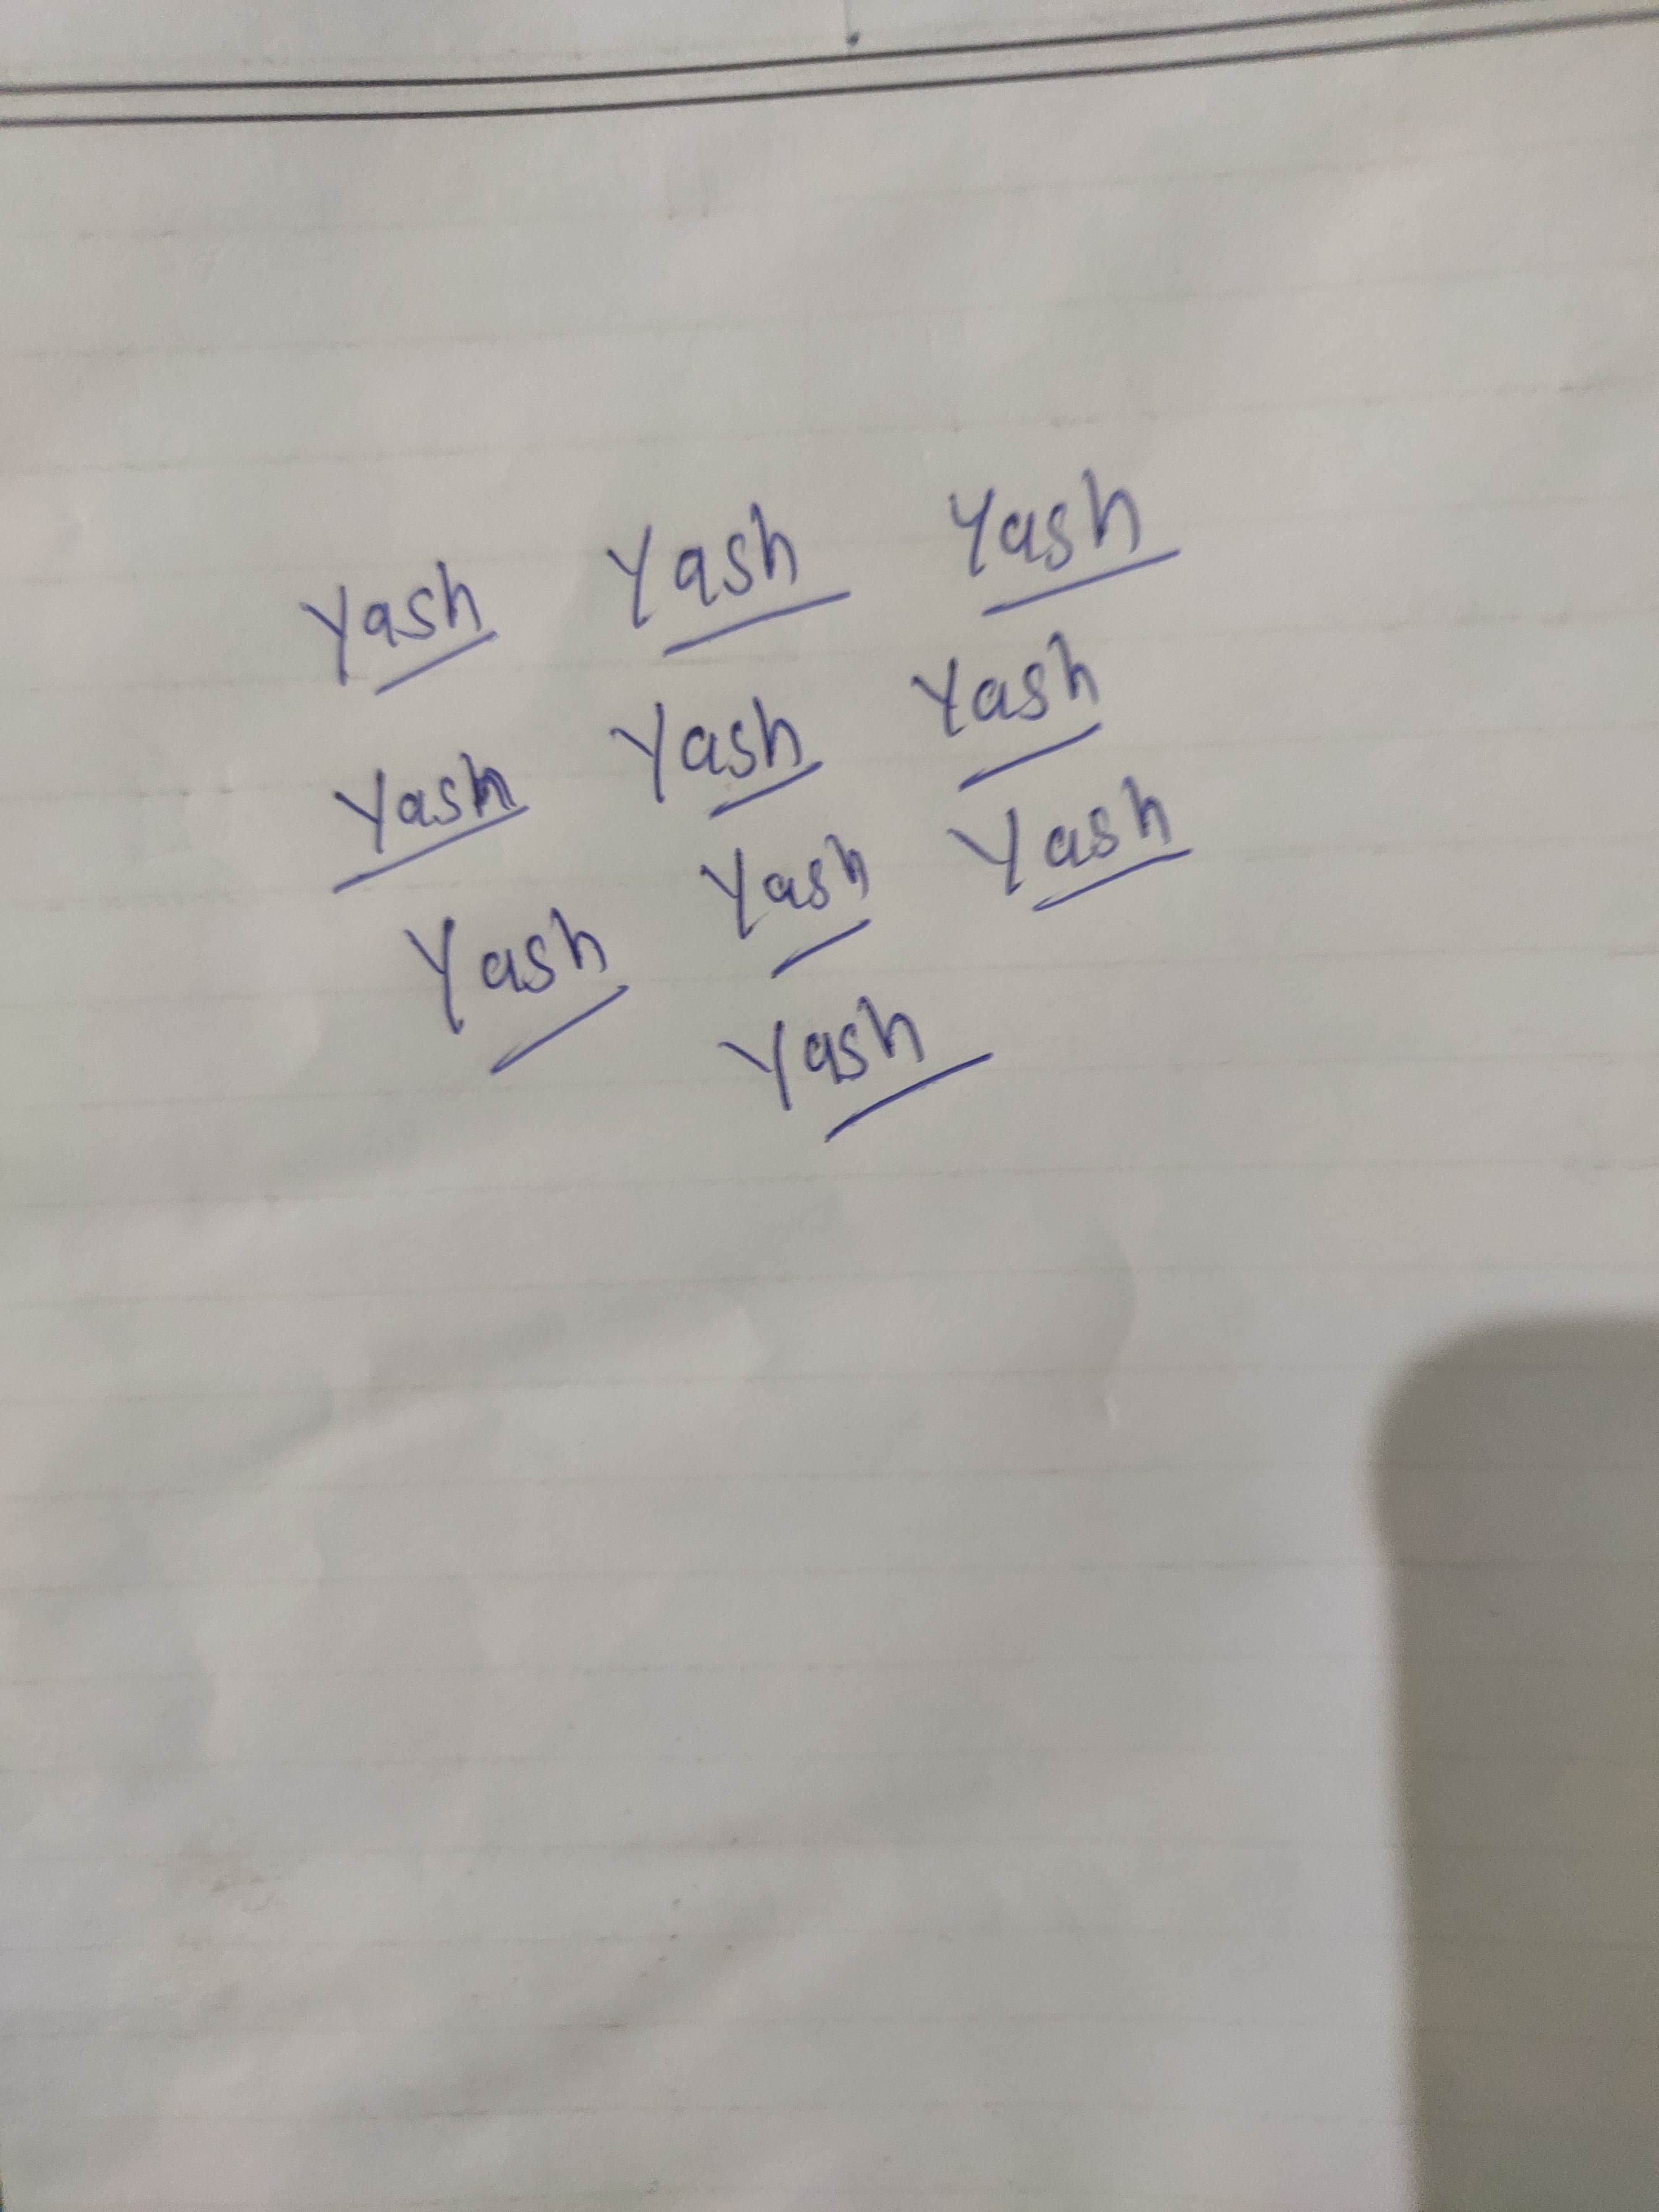
Signature authenticity: genuine